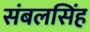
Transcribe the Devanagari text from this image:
संबलसिंह